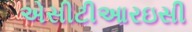
એસીટીઆરઇસી